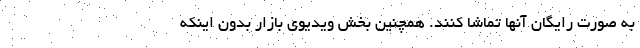
به صورت رایگان آنها تماشا کنند. همچنین بخش ویدیوی بازار بدون اینکه